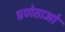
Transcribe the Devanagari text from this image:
प्रणेताओ